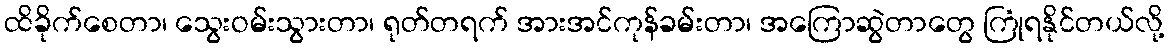
ထိခိုက်စေတာ၊ သွေးဝမ်းသွားတာ၊ ရုတ်တရက် အားအင်ကုန်ခမ်းတာ၊ အကြောဆွဲတာတွေ ကြုံရနိုင်တယ်လို့